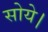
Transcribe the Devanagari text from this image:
सोये।